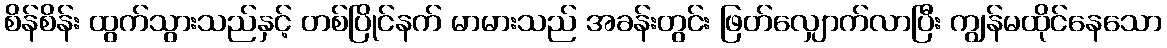
စိန်စိန်း ထွက်သွားသည်နှင့် တစ်ပြိုင်နက် မာမားသည် အခန်းတွင်း ဖြတ်လျှောက်လာပြီး ကျွန်မထိုင်နေသော